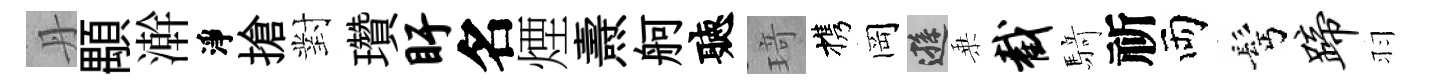
丹顒澣淨搶對瓚盱名煙燾舸聽𤦺携岡遜乗截𮪍祈両髩蹄羽